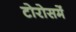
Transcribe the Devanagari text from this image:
टोरोसमें